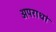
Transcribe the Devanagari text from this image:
अपराधां